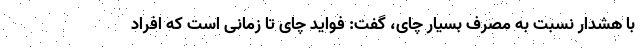
با هشدار نسبت به مصرف بسیار چای، گفت: فواید چای تا زمانی است که افراد